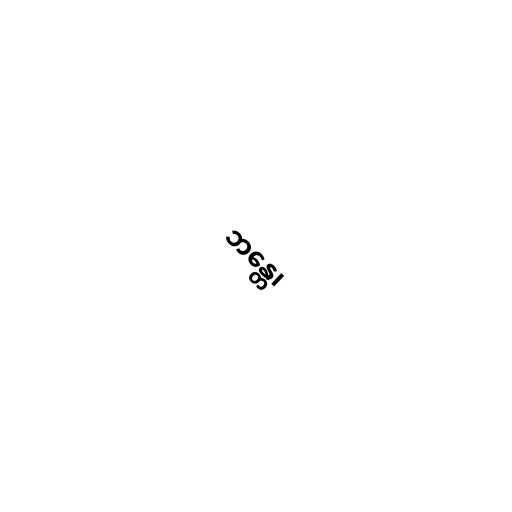
ဘန္တေ၊